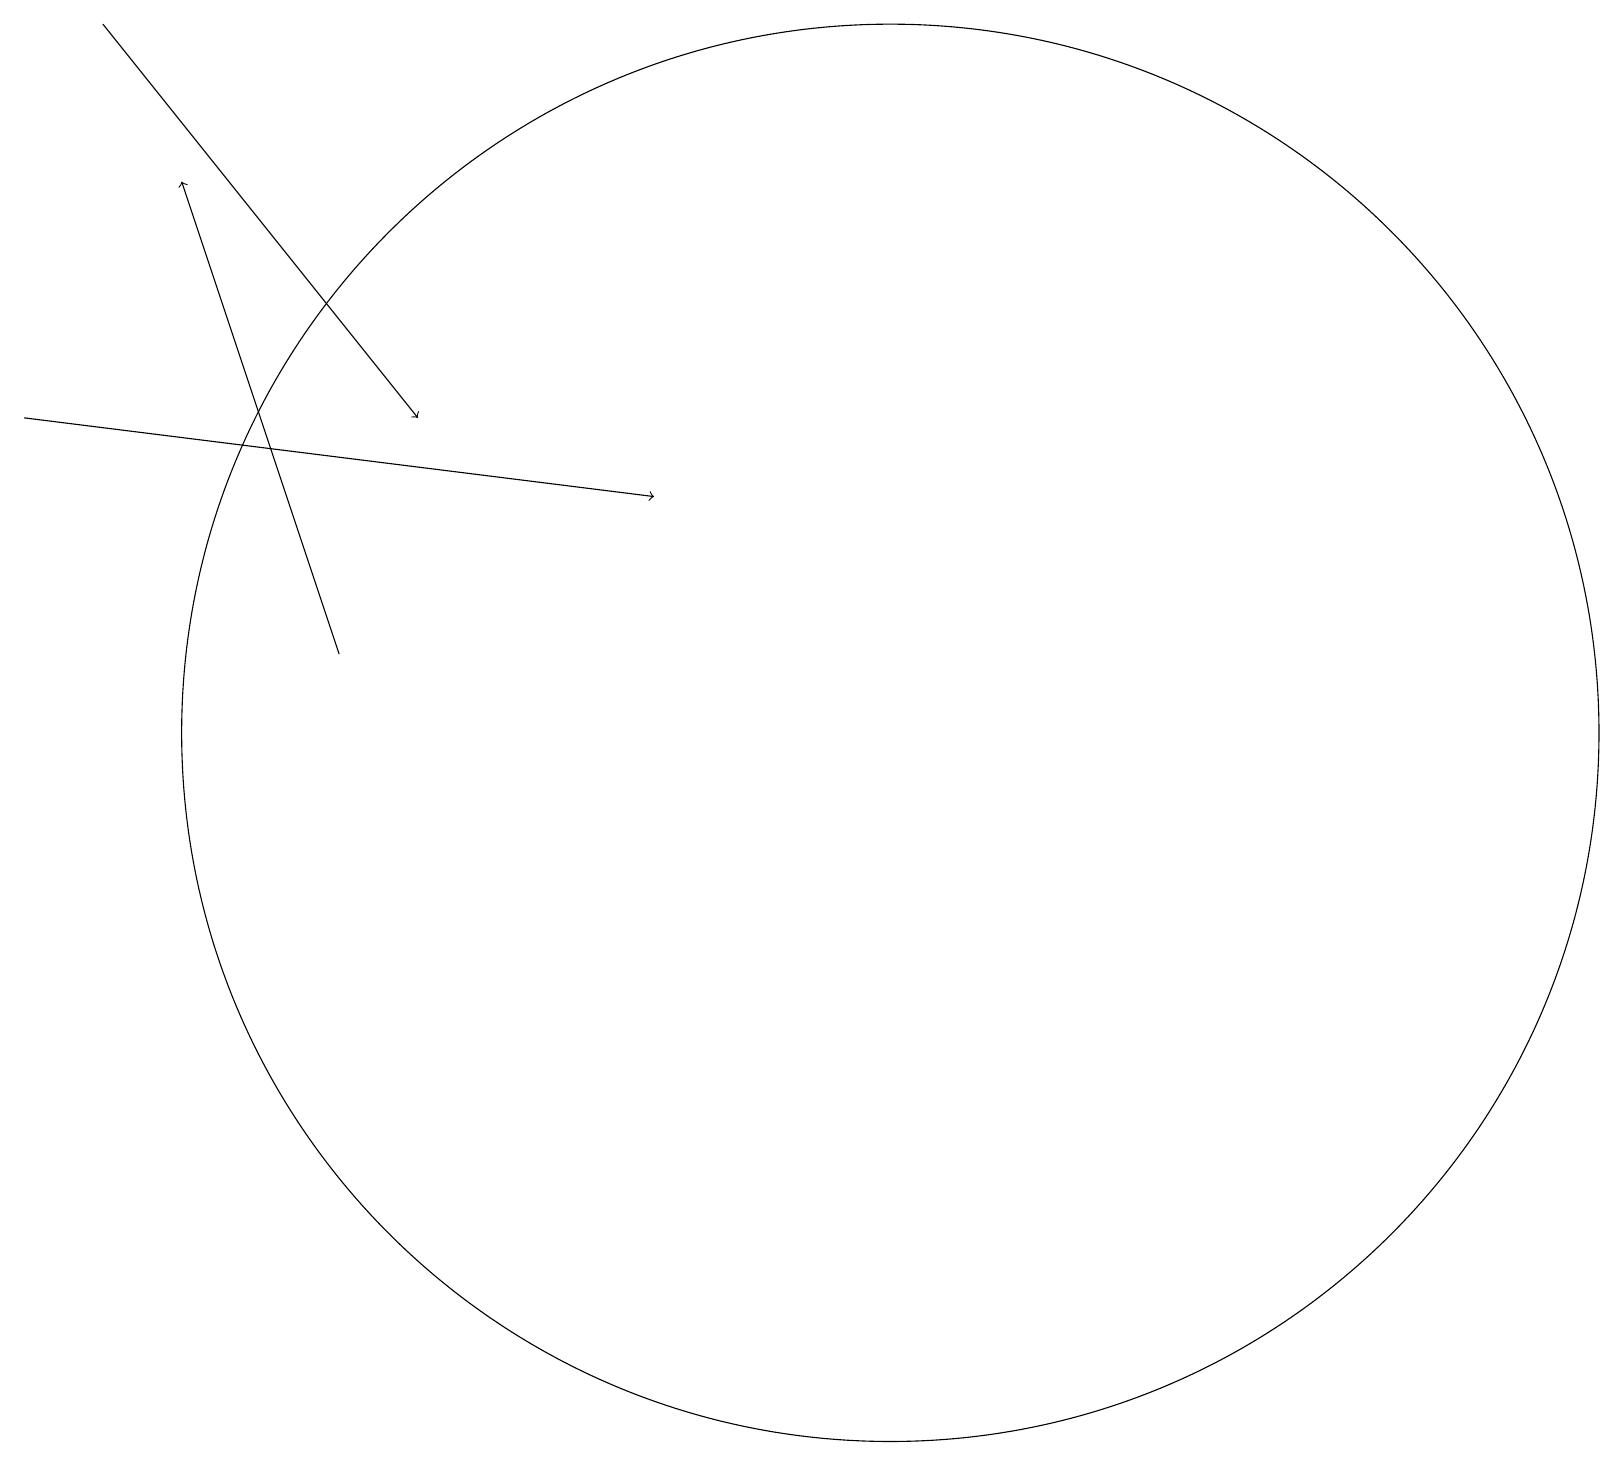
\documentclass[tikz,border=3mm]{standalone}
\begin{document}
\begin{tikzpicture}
\draw[->] (1,14) -- (9,13);
\draw (11,10) circle (0);
\draw[->] (2,19) -- (6,14);
\draw (12,10) circle (9);
\draw[->] (5,11) -- (3,17);
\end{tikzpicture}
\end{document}